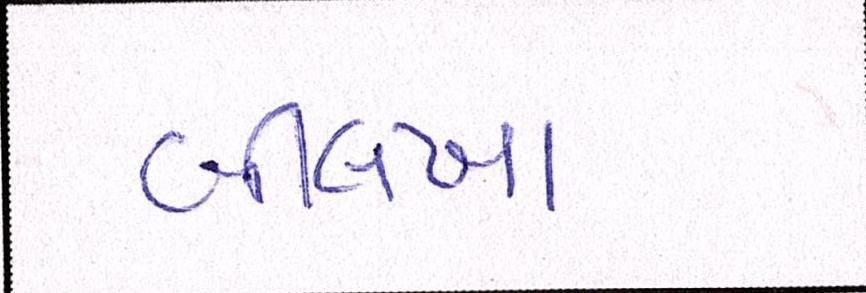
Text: બીલખા